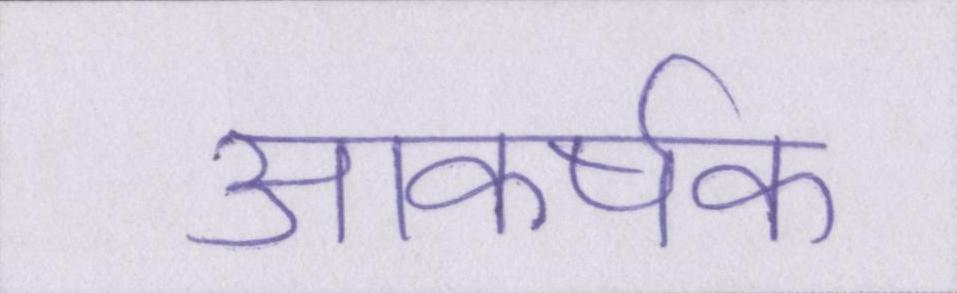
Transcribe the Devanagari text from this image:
आकर्षक